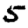
Digit: 5